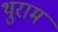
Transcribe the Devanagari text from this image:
थुराम